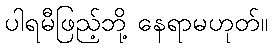
ပါရမီဖြည့်ဘို့ နေရာမဟုတ်။